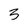
Character: 3